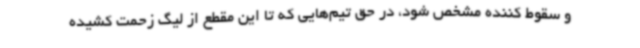
و سقوط کننده مشخص شود، در حق تیم‌هایی که تا این مقطع از لیگ زحمت کشیده